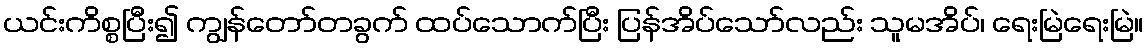
ယင်းကိစ္စပြီး၍ ကျွန်တော်တခွက် ထပ်သောက်ပြီး ပြန်အိပ်သော်လည်း သူမအိပ်၊ ရေးမြဲရေးမြဲ။